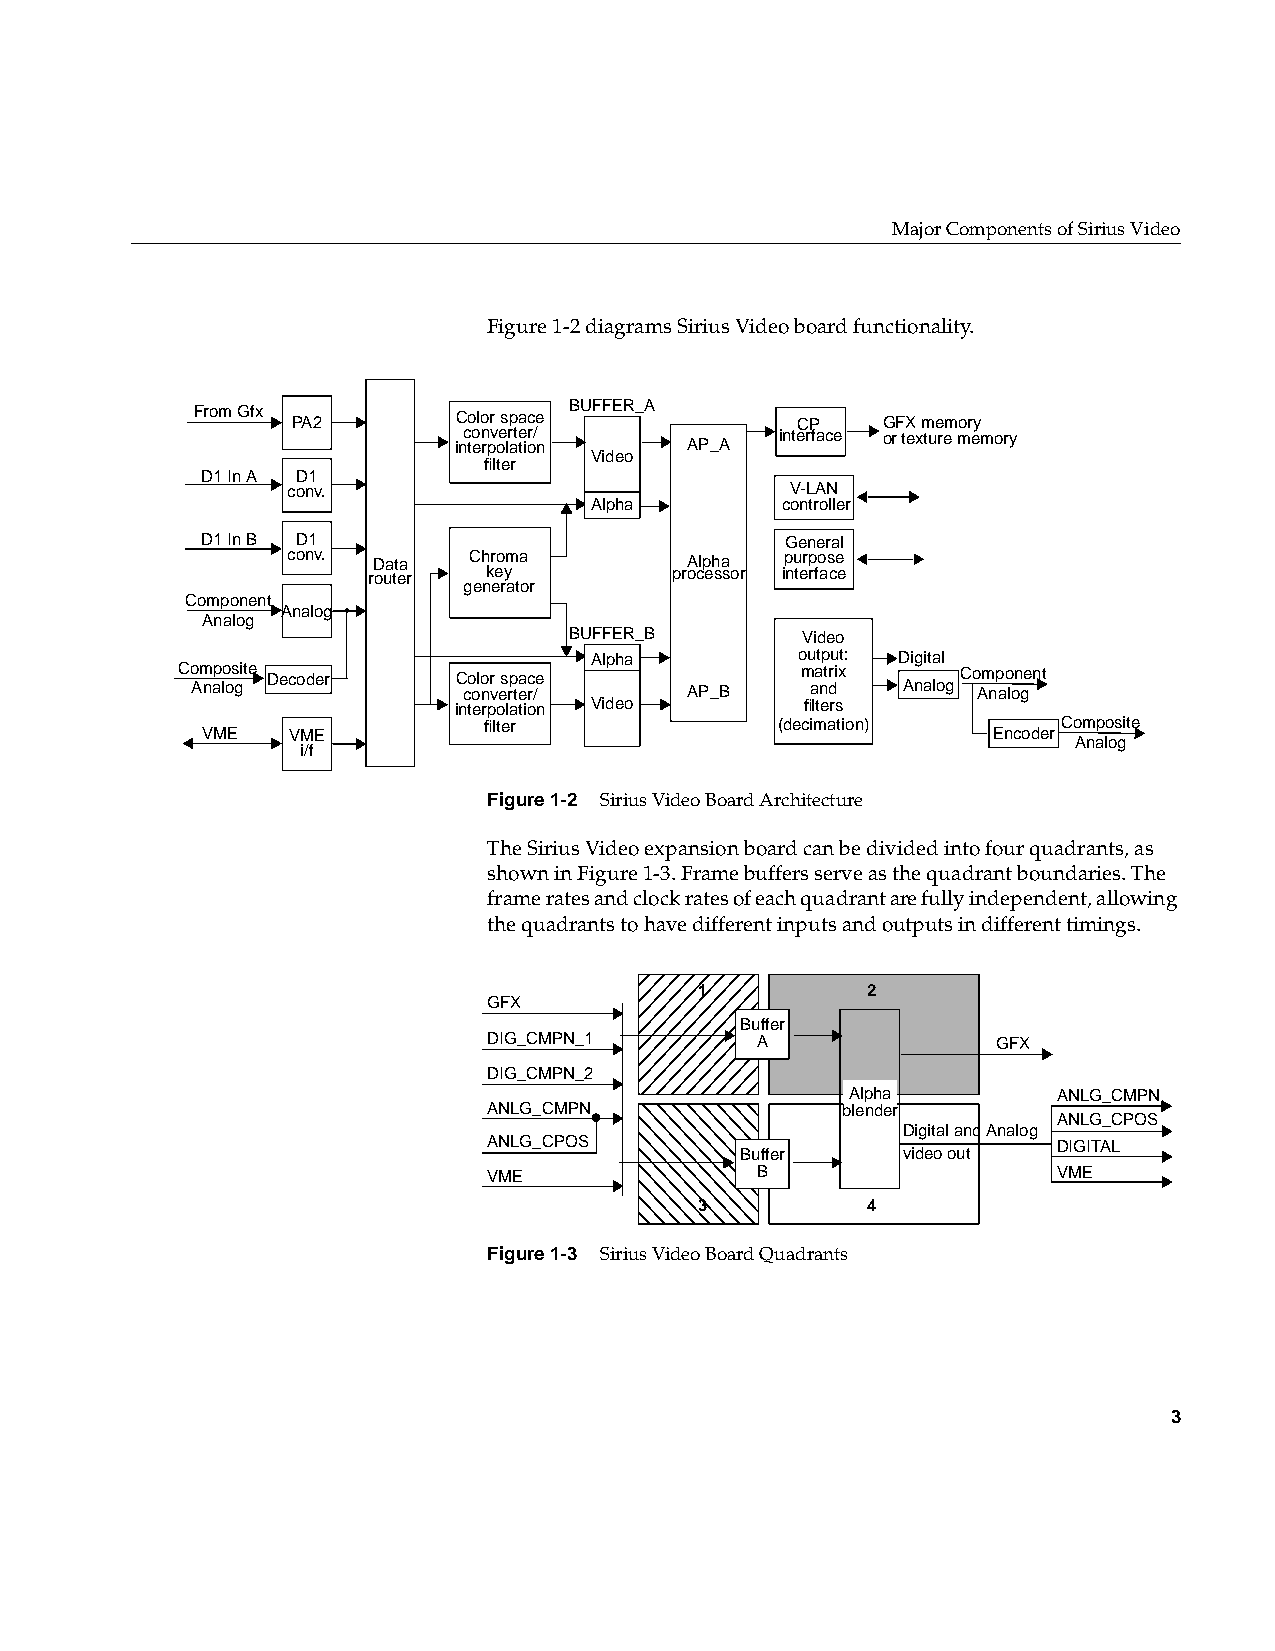
Major Components of Sirius Video
 Figure1-2 diagrams Sirius Video board functionality.
 From Gfx PA2     Color space BUFFER_A   CP   GFX memory
 inc to en rpv oe lr ate tior/ n AP_A interface or texture memory
 Video
 filter
 D1 In A D1
 conv.                            V-LAN
 Alpha        controller
 D1 In B D1                             General
 conv. Data  Chroma         Alpha purpose
 router  key         processor interface
 generator
 Component
 Analog
 Analog
 BUFFER_B       Video
 Alpha         output: Digital
 Co Am nap lo os gite Decoder C co ol no vr es rp tea rc /e
 AP_B
 m aa nt drix AnalogCo Am np ao lon gent
 interpolation Video    filters
 filter             (decimation)       Composite
 VME   VME                                            Encoder
 Analog
 i/f
 Figure1-2 Sirius Video Board Architecture
 The Sirius Video expansion board can be divided into four quadrants, as
 shown in Figure1-3. Frame buffers serve as the quadrant boundaries. The
 frame rates and clock rates of each quadrant are fully independent, allowing
 the quadrants to have different inputs and outputs in different timings.
 1          2
 GFX
 Buffer
 DIG_CMPN_1        A               GFX
 DIG_CMPN_2
 Alpha         ANLG_CMPN
 ANLG_CMPN               blender
 ANLG_CPOS
 Digital and Analog
 ANLG_CPOS                             DIGITAL
 Buffer     video out
 VME               B                   VME
 3          4
 Figure1-3 Sirius Video Board Quadrants
 3